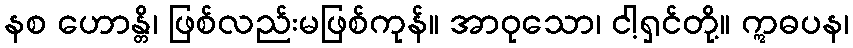
နစ ဟောန္တိ၊ ဖြစ်လည်းမဖြစ်ကုန်။ အာဝုသော၊ ငါ့ရှင်တို့။ ဣဓပန၊